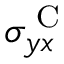
\sigma _ { y x } ^ { \textrm { C } }